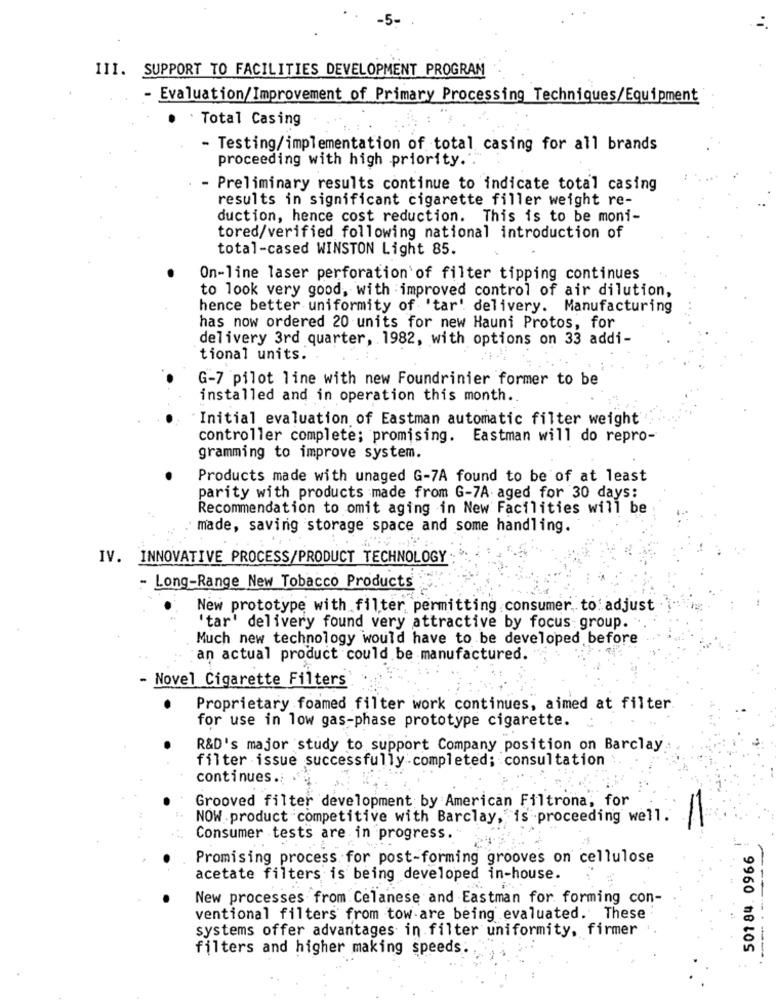
III. SUPPORT TO FACILITIES DEVELOPMENT PROGRAM
- Evaluation/Improvement of Primary Processing Techniques/Equipment
Total Casing
- Testing/implementation of total casing for all brands
proceeding with high priority. .
- Preliminary results continue to indicate total casing
results in significant cigarette filler weight re-
duction, hence cost reduction. This is to be moni-
tored/verified following national introduction of
total-cased WINSTON Light 85.
On-line laser perforation of filter tipping continues
to look very good, with improved control of air dilution,
hence better uniformity of 'tar' delivery. Manufacturing
has now ordered 20 units for new Hauni Protos, for
delivery 3rd quarter, 1982, with options on 33 addi-
tional units.
G-7 pilot line with new Foundrinier former to be
installed and in operation this month ..
Initial evaluation of Eastman automatic filter weight
controller complete; promising. Eastman will do repro-
gramming to improve system.
Products made with unaged G-7A found to be of at least
parity with products made from G-7A aged for 30 days:
Recommendation to omit aging in New Facilities will be
made, saving storage space and some handling.
IV. INNOVATIVE PROCESS/PRODUCT TECHNOLOGY
- Long-Range New Tobacco Products
New prototype with filter permitting consumer, to adjust
'tar' delivery found very attractive by focus group.
Much new technology would have to be developed before
an actual product could be manufactured.
- Novel Cigarette Filters
Proprietary foamed filter work continues, aimed at filter
for use in low gas-phase prototype cigarette.
R&D's major study to support Company position on Barclay
filter issue successfully completed; consultation
continues .:
Grooved filter development by American Filtrona, for
NOW .product competitive with Barclay, is proceeding well.
Consumer tests are in progress.
501 84. 0966
Promising process for post-forming grooves on cellulose
acetate filters is being developed in-house.
New processes from Celanese and Eastman for forming con-
ventional filters from tow are being evaluated. These
systems offer advantages in filter uniformity, firmer
filters and higher making speeds.